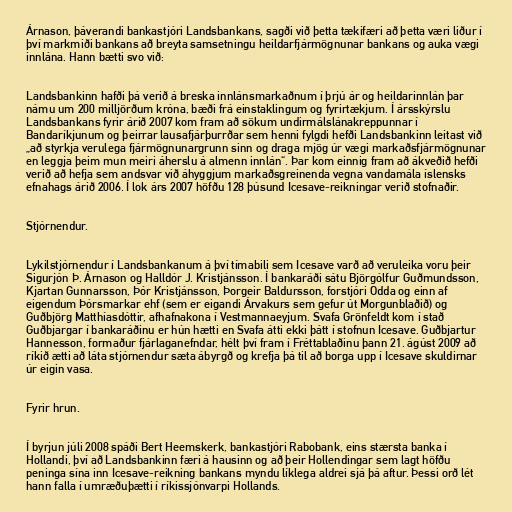
Árnason, þáverandi bankastjóri Landsbankans, sagði við þetta tækifæri að þetta væri liður í
því markmiði bankans að breyta samsetningu heildarfjármögnunar bankans og auka vægi
innlána. Hann bætti svo við:

Landsbankinn hafði þá verið á breska innlánsmarkaðnum í þrjú ár og heildarinnlán þar
námu um 200 milljörðum króna, bæði frá einstaklingum og fyrirtækjum. Í ársskýrslu
Landsbankans fyrir árið 2007 kom fram að sökum undirmálslánakreppunnar í
Bandaríkjunum og þeirrar lausafjárþurrðar sem henni fylgdi hefði Landsbankinn leitast við
„að styrkja verulega fjármögnunargrunn sinn og draga mjög úr vægi markaðsfjármögnunar
en leggja þeim mun meiri áherslu á almenn innlán“. Þar kom einnig fram að ákveðið hefði
verið að hefja sem andsvar við áhyggjum markaðsgreinenda vegna vandamála íslensks
efnahags árið 2006. Í lok árs 2007 höfðu 128 þúsund Icesave-reikningar verið stofnaðir.

Stjórnendur.

Lykilstjórnendur í Landsbankanum á því tímabili sem Icesave varð að veruleika voru þeir
Sigurjón Þ. Árnason og Halldór J. Kristjánsson. Í bankaráði sátu Björgólfur Guðmundsson,
Kjartan Gunnarsson, Þór Kristjánsson, Þorgeir Baldursson, forstjóri Odda og einn af
eigendum Þórsmarkar ehf (sem er eigandi Árvakurs sem gefur út Morgunblaðið) og
Guðbjörg Matthíasdóttir, afhafnakona í Vestmannaeyjum. Svafa Grönfeldt kom í stað
Guðbjargar í bankaráðinu er hún hætti en Svafa átti ekki þátt í stofnun Icesave. Guðbjartur
Hannesson, formaður fjárlaganefndar, hélt því fram í Fréttablaðinu þann 21. ágúst 2009 að
ríkið ætti að láta stjórnendur sæta ábyrgð og krefja þá til að borga upp í Icesave skuldirnar
úr eigin vasa.

Fyrir hrun.

Í byrjun júli 2008 spáði Bert Heemskerk, bankastjóri Rabobank, eins stærsta banka í
Hollandi, því að Landsbankinn færi á hausinn og að þeir Hollendingar sem lagt höfðu
peninga sína inn Icesave-reikning bankans myndu líklega aldrei sjá þá aftur. Þessi orð lét
hann falla í umræðuþætti í ríkissjónvarpi Hollands.